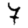
Digit: 7